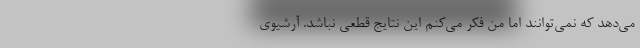
می‌دهد که نمی‌توانند اما من فکر می‌کنم این نتایج قطعی نباشد. آرشیوی